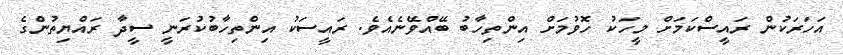
އަހަރަކުން ރައީސްކަމަށް މީހަކު ހޮވުމަށް އިންތިހާބު ބޭއްވޭނެއެވެ. ރައީސަކު އިންތިހާބުކުރަނީ ސީދާ ރައްޔިތުންގެ